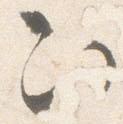
次